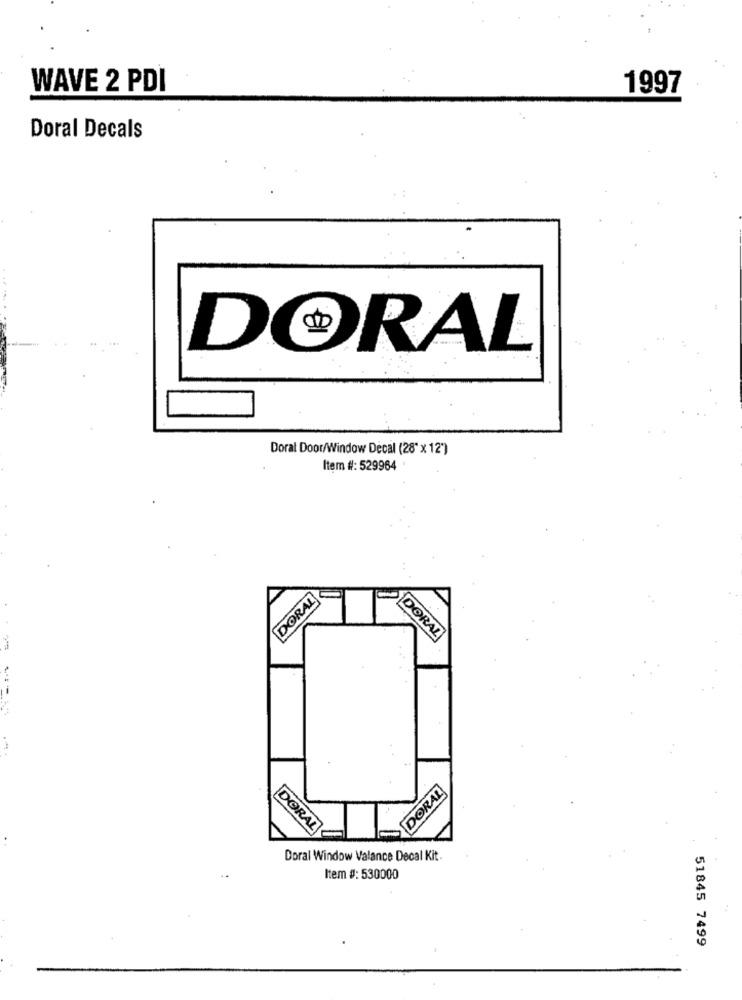
WAVE 2 PDI
1997
Doral Decals
DORAL
Doral Door/Window Decal (28" x 12')
Item #: 529964
DORAL
DORAL
DORAL
DORAL
Doral Window Valance Decal Kit
Item #: 530000
51845 7499